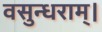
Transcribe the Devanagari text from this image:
वसुन्धराम्।